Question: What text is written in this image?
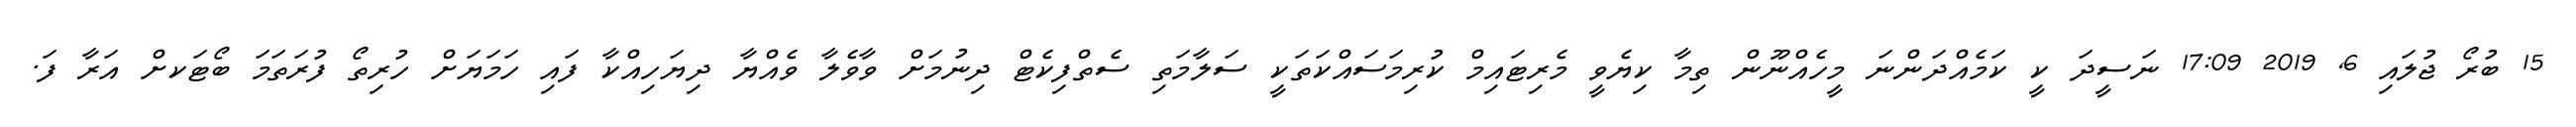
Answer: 15 ބުރޯ ޖުލައި 6, 2019 17:09 ނަސީދަ ކީ ކަމެއްދަންނަ މީހެއްނޫން ތިމާ ކިޔެވީ މެރިޓައިމް ކުރިމަސައްކަތަކީ ސަލާމަތި ސެތްފިކެޓް ދިނުމަށް ވާވެލާ ވެއްޔާ ދިޔަހިއްކާ ފައި ހަމަޔަށް ހުރިތޯ ފުރަތަމަ ބޯޓަކށް އަރާ ފަ.